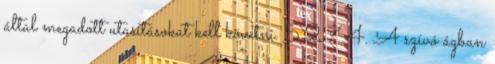
által megadott utasításokat kell követni. 5.2.7.4. A szívó ágban